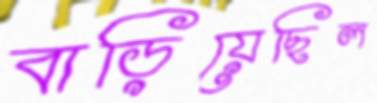
বাড়িয়েছিল